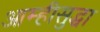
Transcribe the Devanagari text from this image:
आम्हीसुद्धा